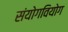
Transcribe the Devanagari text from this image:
संयोगवियोग